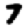
Digit: 7